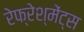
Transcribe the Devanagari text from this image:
रेफ्रेश्मेंट्स